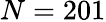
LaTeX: N=201